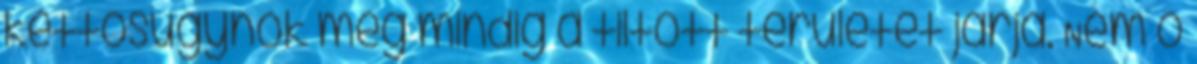
kettősügynök még mindig a tiltott területet járja. Nem ő